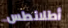
أطلانطس